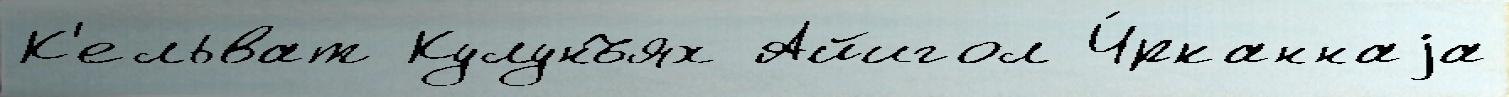
К'ельват Кулунъях Айигол Ч́рканнаjа